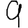
Digit: 9